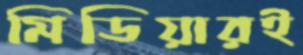
মিডিয়ারই